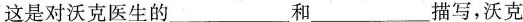
这是对沃克医生的___和___描写，沃克